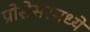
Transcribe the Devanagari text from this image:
प्रोसेसरमध्ये